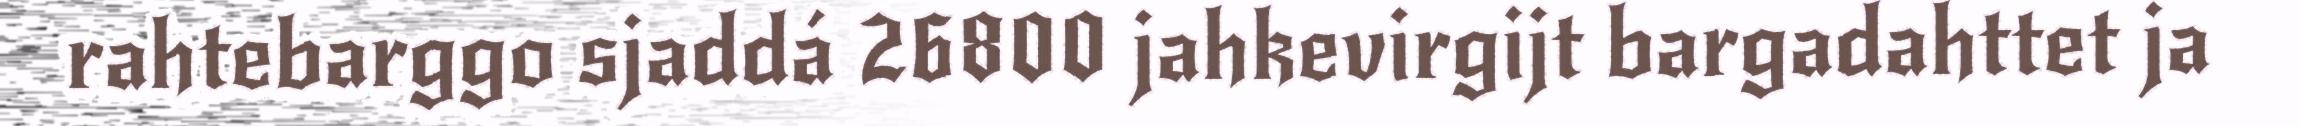
rahtebarggo sjaddá 26800 jahkevirgijt bargadahttet ja